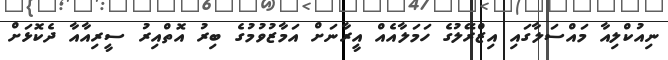
ނިއުކްލިއާ މައްސަލާގައި އިޒްރޭލުގެ ހަމަލާއެއް އީރާނަށް އަމާޒުވުމުގެ ބިރު އޮތްއިރު ސީރިއާއާ ދެކޮޅަށް